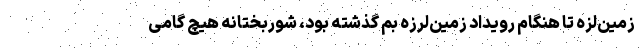
زمین‌لزه تا هنگام رویداد زمین‌لرزه بم گذشته بود، شوربختانه هیچ گامی